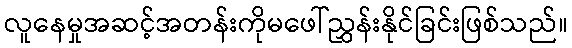
လူနေမှုအဆင့်အတန်းကိုမဖေါ်ညွှန်းနိုင်ခြင်းဖြစ်သည်။